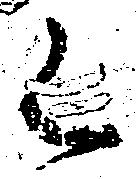
く